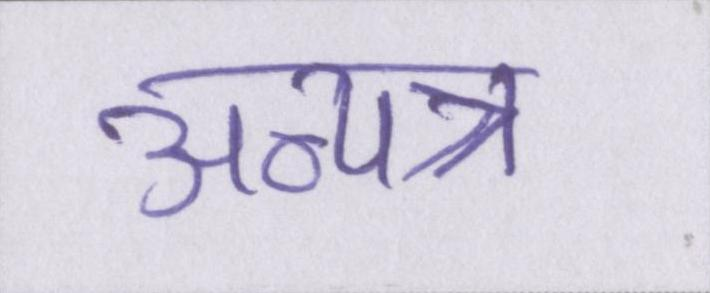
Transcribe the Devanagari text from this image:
अन्यत्र